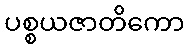
ပစ္စယဇာတိကော